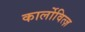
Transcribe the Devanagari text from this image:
कार्लोवित्ज़